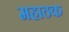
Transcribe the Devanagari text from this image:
महाठक